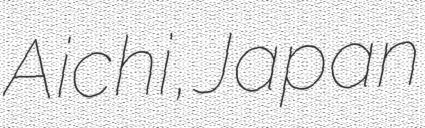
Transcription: Aichi, Japan